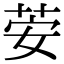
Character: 荌